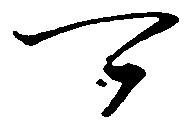
可